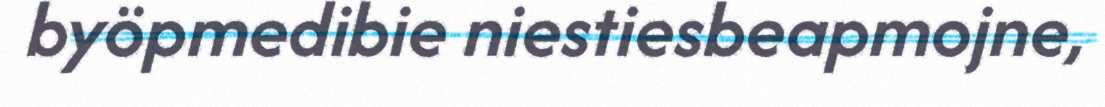
byöpmedibie niestiesbeapmojne,